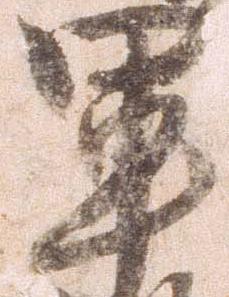
軍